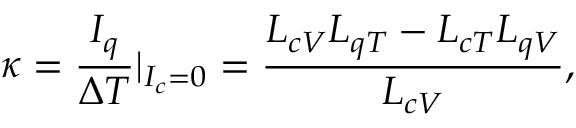
\kappa = \frac { I _ { q } } { \Delta T } | _ { I _ { c } = 0 } = \frac { L _ { c V } L _ { q T } - L _ { c T } L _ { q V } } { L _ { c V } } ,